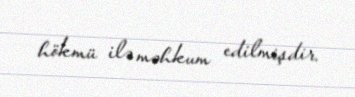
hökmü ilə məhkum edilmişdir.